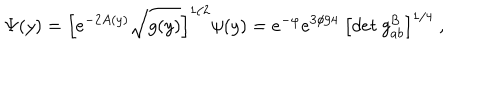
LaTeX: \Psi ( y ) = \left[ e ^ { - 2 A ( y ) } \sqrt { g ( y ) } \right] ^ { 1 / 2 } \psi ( y ) = e ^ { - \varphi } e ^ { 3 \phi / 4 } ~ \left[ d e t ~ g _ { a b } ^ { \cal { B } } \right] ^ { 1 / 4 } ~ ,